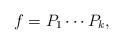
LaTeX: \begin{align*}f= P_1 \cdots P_k,\end{align*}